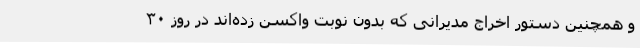
و همچنین دستور اخراج مدیرانی که بدون نوبت واکسن زده‌اند در روز ۳۰